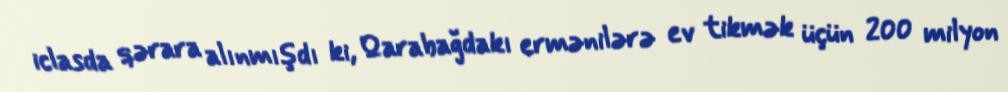
iclasda qərara alınmışdı ki, Qarabağdakı ermənilərə ev tikmək üçün 200 milyon